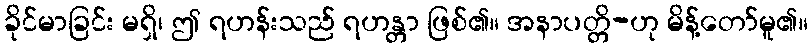
ခိုင်မာခြင်း မရှိ၊ ဤ ရဟန်းသည် ရဟန္တာ ဖြစ်၏။ အနာပတ္တိ-ဟု မိန့်တော်မူ၏။